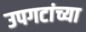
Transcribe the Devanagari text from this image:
उपगटांच्या